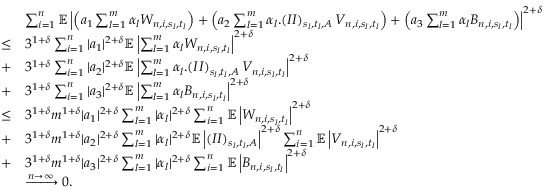
\begin{array} { r l } & { \sum _ { i = 1 } ^ { n } \mathbb { E } \left| \left( a _ { 1 } \sum _ { l = 1 } ^ { m } \alpha _ { l } W _ { n , i , s _ { l } , t _ { l } } \right) + \left( a _ { 2 } \sum _ { l = 1 } ^ { m } \alpha _ { l } . ( I I ) _ { s _ { l } , t _ { l } , A } \, V _ { n , i , s _ { l } , t _ { l } } \right) + \left( a _ { 3 } \sum _ { l = 1 } ^ { m } \alpha _ { l } B _ { n , i , s _ { l } , t _ { l } } \right) \right| ^ { 2 + \delta } } \\ { \leq } & { 3 ^ { 1 + \delta } \sum _ { i = 1 } ^ { n } | a _ { 1 } | ^ { 2 + \delta } \mathbb { E } \left| \sum _ { l = 1 } ^ { m } \alpha _ { l } W _ { n , i , s _ { l } , t _ { l } } \right| ^ { 2 + \delta } } \\ { + } & { 3 ^ { 1 + \delta } \sum _ { i = 1 } ^ { n } | a _ { 2 } | ^ { 2 + \delta } \mathbb { E } \left| \sum _ { l = 1 } ^ { m } \alpha _ { l } . ( I I ) _ { s _ { l } , t _ { l } , A } \, V _ { n , i , s _ { l } , t _ { l } } \right| ^ { 2 + \delta } } \\ { + } & { 3 ^ { 1 + \delta } \sum _ { i = 1 } ^ { n } | a _ { 3 } | ^ { 2 + \delta } \mathbb { E } \left| \sum _ { l = 1 } ^ { m } \alpha _ { l } B _ { n , i , s _ { l } , t _ { l } } \right| ^ { 2 + \delta } } \\ { \leq } & { 3 ^ { 1 + \delta } m ^ { 1 + \delta } | a _ { 1 } | ^ { 2 + \delta } \sum _ { l = 1 } ^ { m } | \alpha _ { l } | ^ { 2 + \delta } \sum _ { i = 1 } ^ { n } \mathbb { E } \left| W _ { n , i , s _ { l } , t _ { l } } \right| ^ { 2 + \delta } } \\ { + } & { 3 ^ { 1 + \delta } m ^ { 1 + \delta } | a _ { 2 } | ^ { 2 + \delta } \sum _ { l = 1 } ^ { m } | \alpha _ { l } | ^ { 2 + \delta } \mathbb { E } \left| ( I I ) _ { s _ { l } , t _ { l } , A } \right| ^ { 2 + \delta } \sum _ { i = 1 } ^ { n } \mathbb { E } \left| V _ { n , i , s _ { l } , t _ { l } } \right| ^ { 2 + \delta } } \\ { + } & { 3 ^ { 1 + \delta } m ^ { 1 + \delta } | a _ { 3 } | ^ { 2 + \delta } \sum _ { l = 1 } ^ { m } | \alpha _ { l } | ^ { 2 + \delta } \sum _ { i = 1 } ^ { n } \mathbb { E } \left| B _ { n , i , s _ { l } , t _ { l } } \right| ^ { 2 + \delta } } \\ & { \xrightarrow { n \to \infty } 0 . } \end{array}